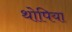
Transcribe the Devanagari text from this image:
थोपिया